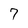
Character: 7